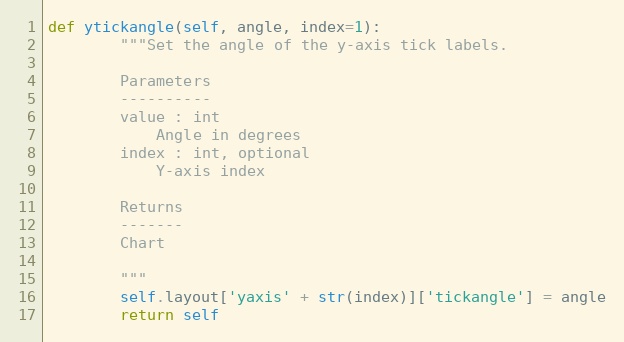
Language: Python
def ytickangle(self, angle, index=1):
        """Set the angle of the y-axis tick labels.

        Parameters
        ----------
        value : int
            Angle in degrees
        index : int, optional
            Y-axis index

        Returns
        -------
        Chart

        """
        self.layout['yaxis' + str(index)]['tickangle'] = angle
        return self